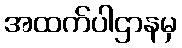
အထက်ပါဌာနမှ